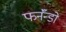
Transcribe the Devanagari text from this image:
फर्नॅन्डो